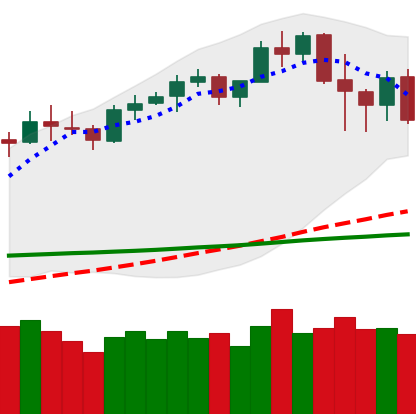
Ticker: LTC-USD
Chart end date: 2020-02-19
Forward return: 6.185%
Label: up_5_7